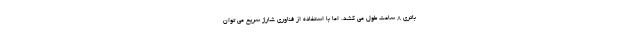
باتری 8 ساعت طول می کشد. اما با استفاده از فناوری شارژ سریع می توان